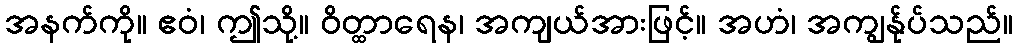
အနက်ကို။ ဧဝံ၊ ဤသို့။ ဝိတ္ထာရေန၊ အကျယ်အားဖြင့်။ အဟံ၊ အကျွန်ုပ်သည်။